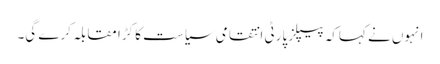
انہوں نے کہاکہ پیپلز پارٹی انتقامی سیاست کا کڑا مقابلہ کرے گی۔